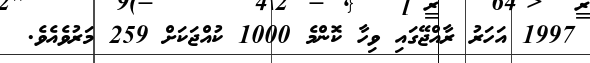
1997 އަހަރު ރާއްޖޭގައި ވިހާ ކޮންމެ 1000 ކުއްޖަކަށް 259 މަރުވެއެވެ.